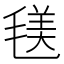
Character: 𣮺